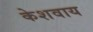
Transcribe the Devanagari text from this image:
केशवाय